Vaccination in the Punjab 1919-1929 - 1919-1929
Year: 1919
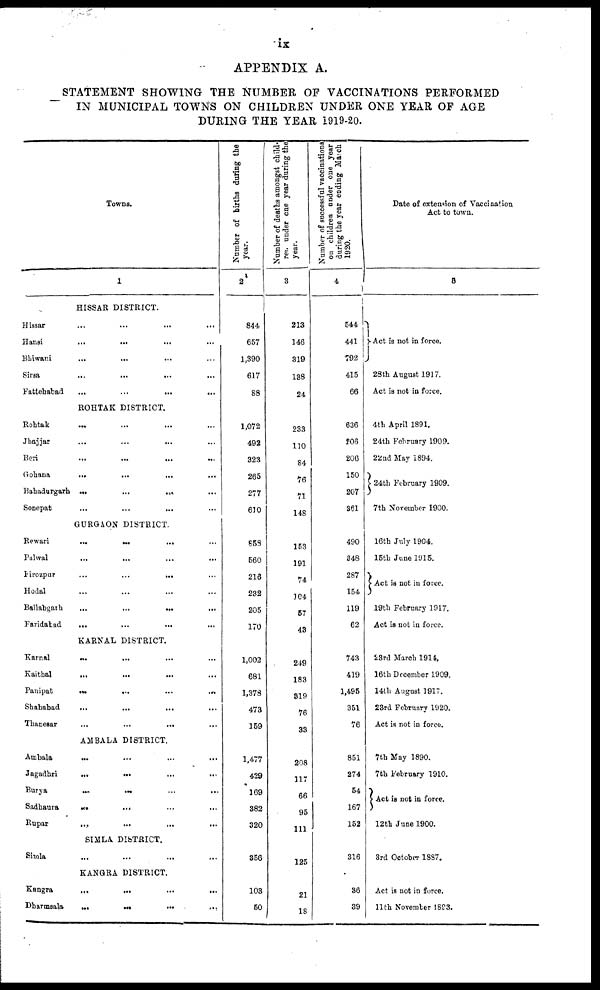
ix
APPENDIX A.
STATEMENT SHOWING THE NUMBER OF VACCINATIONS PERFORMED
IN MUNICIPAL TOWNS ON CHILDREN UNDER ONE YEAR OF AGE
DURING THE YEAR 1919-20.
Towns.
1
HISSAR DISTRICT.
Hissar
... ... ... ...
Hansi
... ... ... ...
Bhiwani
... ... ... ...
Sirsa
... ... ... ...
Fattehabad
... ... ... ...
ROHTAK DISTRICT.
Rohtak
... ... ... ...
Jhajjar
... ... ... ...
Beri
... ... ... ...
Gohana
... ... ... ...
Bahadurgarh
...
...
...
...
Sonepat
... ... ... ...
GURGAON DISTRICT.
Rewari
... ... ... ...
Palwal
... ... ... ...
Firozpur
... ... ... ...
Hodal
... ... ... ...
Ballabgath
... ... ... ...
Faridabad
... ... ... ...
KARNAL DISTRICT.
Karnal
... ... ... ...
Kaithal
... ... ... ...
Panipat
... ... ... ...
Shahabad
... ... ... ...
Thanesar
... ... ... ...
AMBALA DISTRICT.
Ambala
... ... ... ...
Jagadhri
... ... ... ...
Burya
...
...
...
...
Sadhaura
...
...
...
...
Rupar
... ... ... ...
SIMLA DISTRICT.
Simla
... ... ... ...
KANGRA DISTRICT.
Kangra
... ... ... ...
Dharmsala
...
....
... ...
Number of births during the
year.
2
844
657
1,390
617
68
1,072
492
323
265
277
610
659
560
216
232
205
170
1,002
681
1,378
473
159
1,477
429
169
382
320
350
103
50
Number of deaths amongst child-
ren under one year during the
year.
3
213
146
319
138
24
283
110
84
76
71
148
153
191
74
104
57
43
249
183
819
76
33
208
117
66
95
111
125
21
18
Number of successful vaccinations
on children under one year
during the year ending March
1920.
4
544
441
792
415
66
836
805
206
150
207
361
490
848
287
154
119
62
743
419
1,495
351
76
851
274
54
167
152
316
30
39
Date of extension of Vaccination
Act to town.
5
Act is not in force.
28th August 1917.
Act is not in force.
4th April 1891.
24th February 1909.
22nd May 1894.
24th February 1909.
7th November 1900.
16th July 1904.
16th June l915.
Act is not in force.
19th February 1917.
Act is not in force.
23rd March 1914.
16th December 1909.
14th August 1917.
23rd February 1920.
Act is not in force.
7th May 1890.
7th February 1910.
Act is not in force.
12th June 1900.
3rd October 1887.
Act is not in force.
11th November 1893.